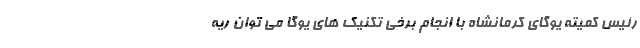
رئیس کمیته یوگای کرمانشاه با انجام برخی تکنیک‌ های یوگا می توان ریه